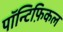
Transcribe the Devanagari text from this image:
पॉन्टिफ़िकल